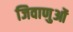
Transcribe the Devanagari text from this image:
जिवाणुओं